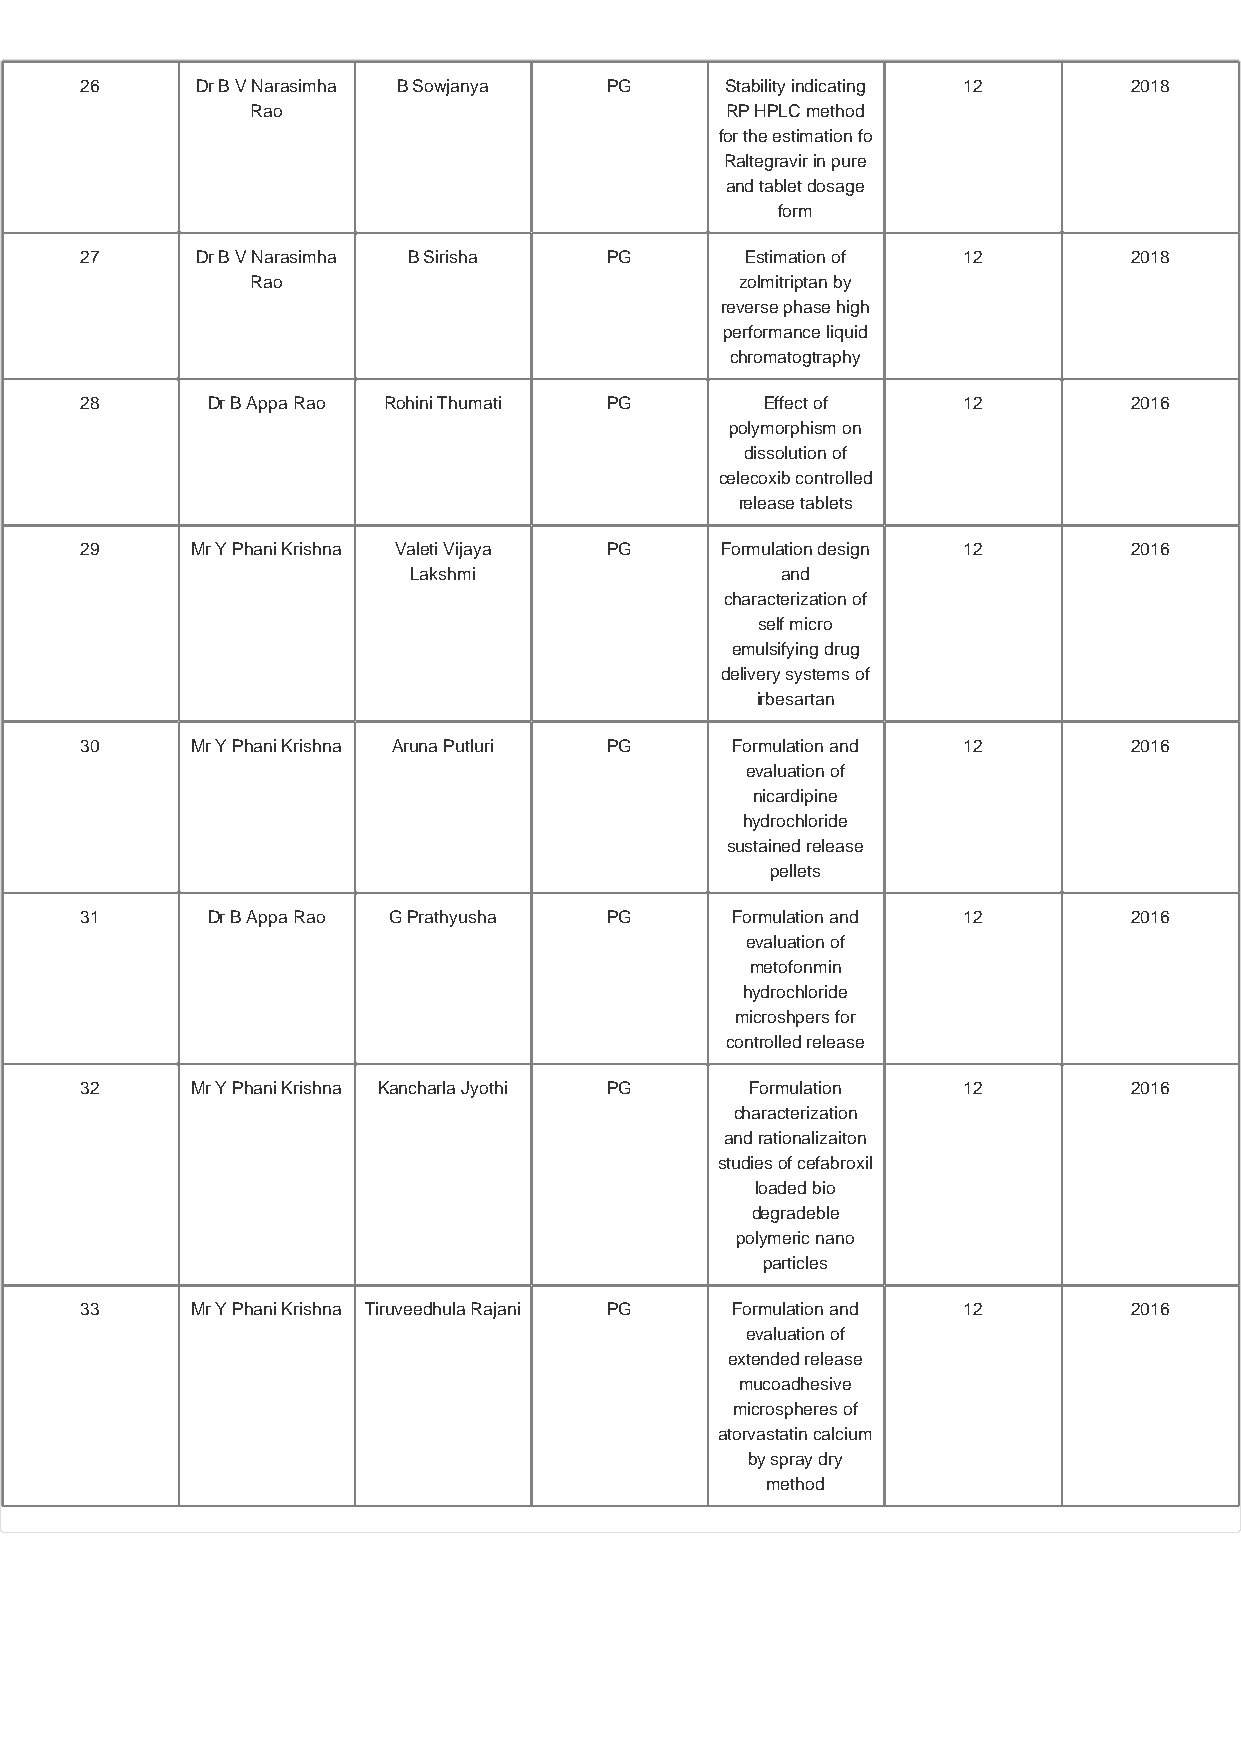
26      Dr B V Narasimha B Sowjanya PG     Stability indicating 12    2018
 Rao                            RP HPLC method
 for the estimation fo
 Raltegravir in pure
 and tablet dosage
 form
 27      Dr B V Narasimha B Sirisha PG       Estimation of  12         2018
 Rao                             zolmitriptan by
 reverse phase high
 performance liquid
 chromatogtraphy
 28       Dr B Appa Rao Rohini Thumati PG      Effect of    12         2016
 polymorphism on
 dissolution of
 celecoxib controlled
 release tablets
 29      Mr Y Phani Krishna Valeti Vijaya PG Formulation design 12     2016
 Lakshmi                  and
 characterization of
 self micro
 emulsifying drug
 delivery systems of
 irbesartan
 30      Mr Y Phani Krishna Aruna Putluri PG Formulation and 12        2016
 evaluation of
 nicardipine
 hydrochloride
 sustained release
 pellets
 31       Dr B Appa Rao G Prathyusha PG     Formulation and 12         2016
 evaluation of
 metofonmin
 hydrochloride
 microshpers for
 controlled release
 32      Mr Y Phani Krishna Kancharla Jyothi PG Formulation 12         2016
 characterization
 and rationalizaiton
 studies of cefabroxil
 loaded bio
 degradeble
 polymeric nano
 particles
 33      Mr Y Phani Krishna Tiruveedhula Rajani PG Formulation and 12  2016
 evaluation of
 extended release
 mucoadhesive
 microspheres of
 atorvastatin calcium
 by spray dry
 method